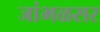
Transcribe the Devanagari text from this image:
जांभळसर